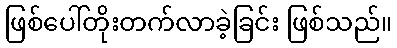
ဖြစ်ပေါ်တိုးတက်လာခဲ့ခြင်း ဖြစ်သည်။